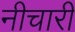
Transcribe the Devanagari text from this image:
नीचारी